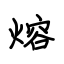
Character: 熔